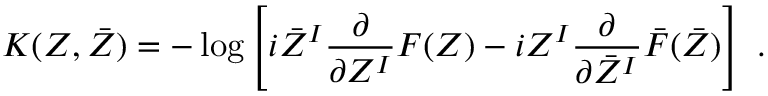
K ( Z , \bar { Z } ) = - \log \left[ i \bar { Z } ^ { I } \frac { \partial } { \partial Z ^ { I } } F ( Z ) - i Z ^ { I } \frac { \partial } { \partial \bar { Z } ^ { I } } \bar { F } ( \bar { Z } ) \right] \ .